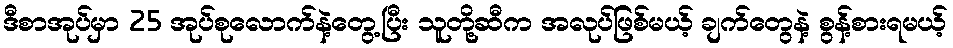
ဒီစာအုပ်မှာ 25 အုပ်စုလောက်နဲ့တွေ့ပြီး သူတို့ဆီက အလုပ်ဖြစ်မယ့် ချက်တွေနဲ့ စွန့်စားရမယ့်